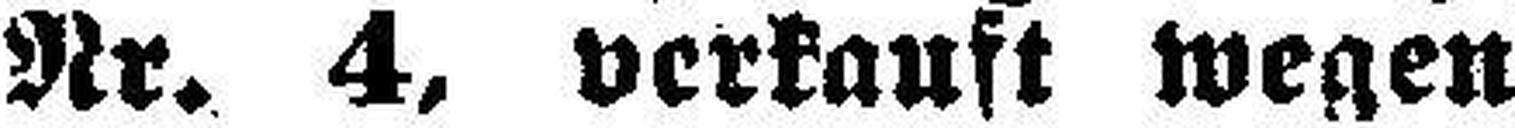
Nr. 4, verkauft wegen